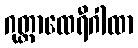
ဂုတ္တာထေရီဂါထာ